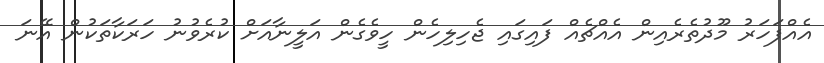
އެއްފަހަރު މޫދުތެރެއިން އެއްޗެއް ފައިގައި ޖެހިލިހެން ހީވެގެން އަލީނާއަށް ކުރެވުނު ހަރަކާތަކުން އޭނަ